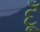
દૂઁ